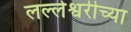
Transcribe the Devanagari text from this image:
लल्लेश्वरीच्या